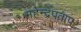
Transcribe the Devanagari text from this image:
महेन्द्रपताप